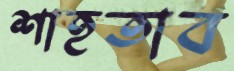
শাহতাব